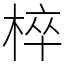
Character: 椊